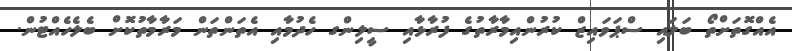
އެއްގޮތަށްތޯ ބަލައި ސްޕަވައިޒް ކުރުންއިމާރާތުގެ ފުރާޅާއި ސީލިންގ ހެދުމާއި އެތަންތަން މަރާމާތުކޮށް ބެލެހެއްޓުން.